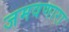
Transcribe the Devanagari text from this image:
जमवणारा